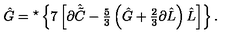
\hat { G } = { } ^ { \star } \left\{ 7 \left[ \partial \hat { \tilde { C } } - { \textstyle \frac { 5 } { 3 } } \left( \hat { G } + { \textstyle \frac { 2 } { 3 } } \partial \hat { L } \right) \hat { L } \right] \right\} .